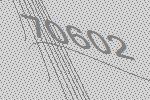
70602